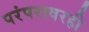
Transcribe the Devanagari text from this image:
परंपरावरही